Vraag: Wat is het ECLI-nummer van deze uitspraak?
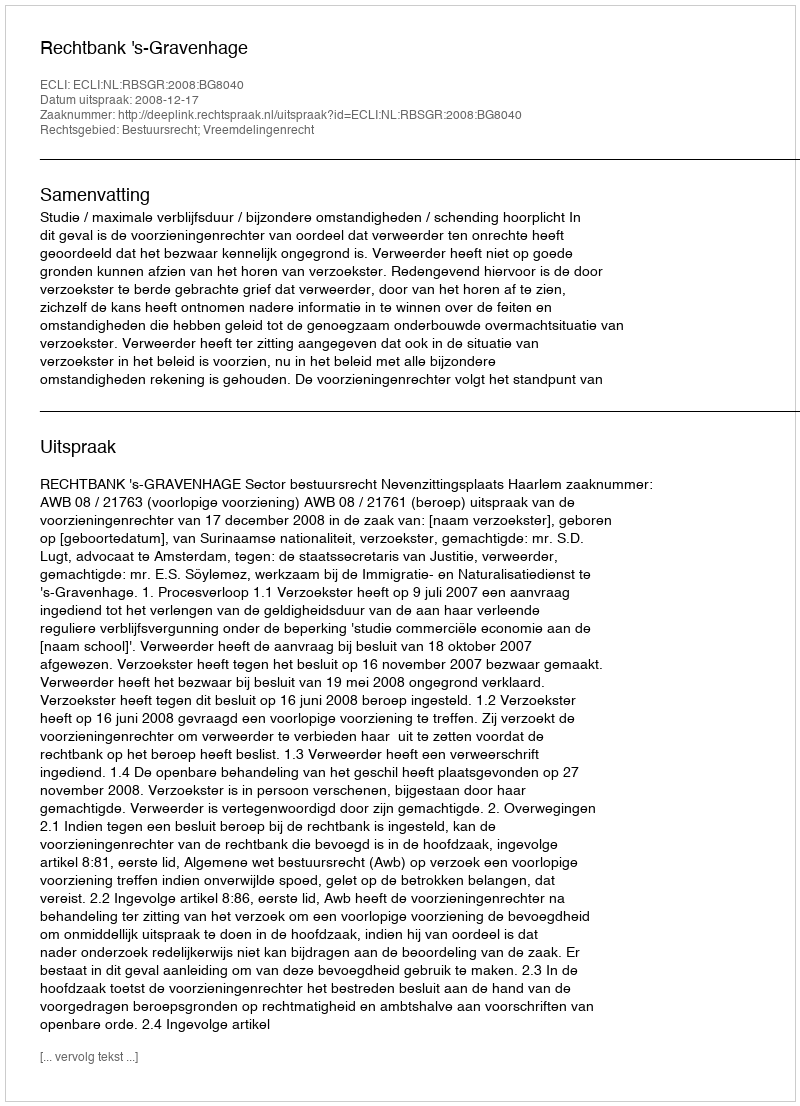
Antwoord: ECLI:NL:RBSGR:2008:BG8040